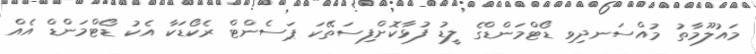
މައުލޫމާތު މުއްސަނދިވި ޑޯޓްމަންޑްގެ ލީޑު ފުޅާކޮށްފިސަތޭކަ ޕަސެންޓް ރެކޯޑަކާ އެކު ޑޯޓްމަންޑް އެއް